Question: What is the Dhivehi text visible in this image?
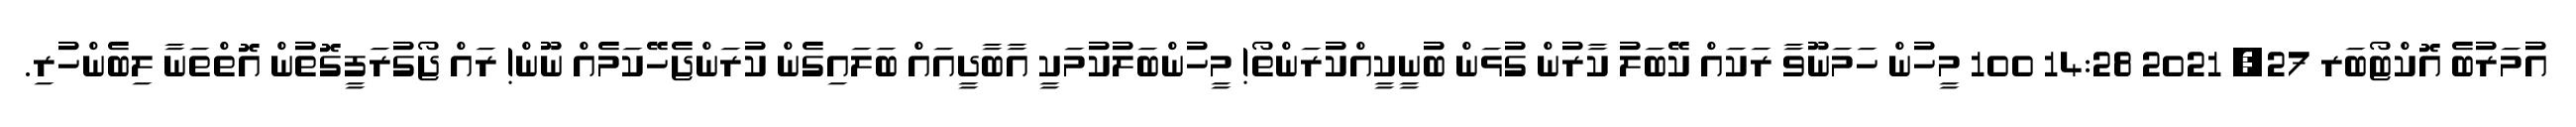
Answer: އުމަރުބެ އޮކްޓޯބަރ 27, 2021 14:28 100 މީހުން ހަމަނޫވާ ރަކައް ކޭބަލު ކާރުން ގުޅަން ބުނީކީއްކުރަންތޯ! މީހުންބަލުކުމަކީ އާބާދީއައް ބަލައިގެން ކުރަންޖެހޭކަމެއް ނޫން! ރައް ޖޯގުރަފީގޮތުން އޮތްތަނާ ލިބެންހުރި.